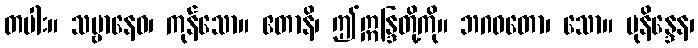
တပါး။ သဗ္ဗာနေဝ၊ ကုန်သော။ ဧတာနိ၊ ဤဣန္ဒြတို့ကို။ ဘဂဝတော၊ သော။ မုနိန္ဒေန၊